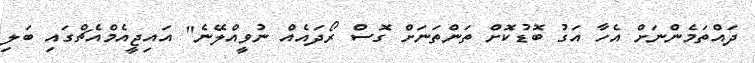
ދައްތަމެންނަށް އެހާ އަގު ބޮޑުކޮށް ތަންތަނަށް ގޮސް ރޯދައެއް ނުވީއްލޭނެ" އައިޖީއެމްއެޗްގައި ބަލި